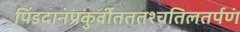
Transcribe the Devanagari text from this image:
पिंडदानंप्रकुर्वीतततश्चतिलतर्पणं